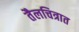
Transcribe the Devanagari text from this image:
तैलचित्रात